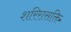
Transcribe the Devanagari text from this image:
शरिरासक्ति